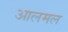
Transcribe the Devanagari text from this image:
आलमल